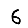
Digit: 6